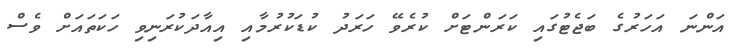
އަންނަ އަހަރުގެ ބަޖެޓުގައި ކަރަންޓަށް ކުރެވޭ ހަރަދު ކުޑަކުރުމާއި އިއާދަކުރަނިވި ހަކަތައަށް ވެސް